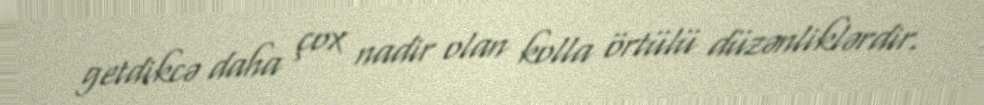
getdikcə daha çox nadir olan kolla örtülü düzənliklərdir.